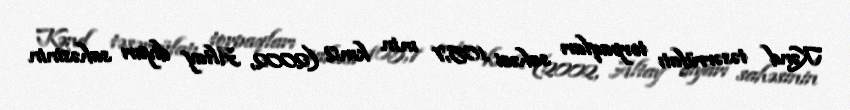
Kənd təsərrüfatı torpaqları sahəsi 105,7 min km2 (2002, Altay diyarı sahəsinin